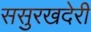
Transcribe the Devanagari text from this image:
ससुरखदेरी